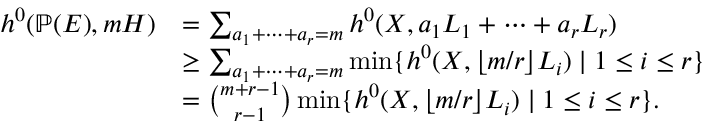
\begin{array} { r l } { \allowdisplaybreaks h ^ { 0 } ( \mathbb { P } ( E ) , m H ) } & { = \sum _ { a _ { 1 } + \cdots + a _ { r } = m } h ^ { 0 } ( X , a _ { 1 } L _ { 1 } + \cdots + a _ { r } L _ { r } ) } \\ & { \geq \sum _ { a _ { 1 } + \cdots + a _ { r } = m } \operatorname* { m i n } \{ h ^ { 0 } ( X , \lfloor m / r \rfloor L _ { i } ) \mid 1 \leq i \leq r \} } \\ & { = \binom { m + r - 1 } { r - 1 } \operatorname* { m i n } \{ h ^ { 0 } ( X , \lfloor m / r \rfloor L _ { i } ) \mid 1 \leq i \leq r \} . } \end{array}